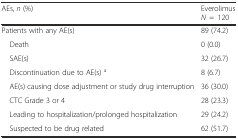
| AEs, n (%) | EverolimusN=120 |
 | --- | --- |
 | Patients with any AE(s) | 89 (74.2) |
 | Death | 0 (0.0) |
 | SAE(s) | 32 (26.7) |
 | Discontinuation due to AE(s) a | 8 (6.7) |
 | AE(s) causing dose adjustment or study drug interruption | 36 (30.0) |
 | CTC Grade 3 or 4 | 28 (23.3) |
 | Leading to hospitalization/prolonged hospitalization | 29 (24.2) |
 | Suspected to be drug related | 62 (51.7) |